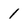
Character: 1